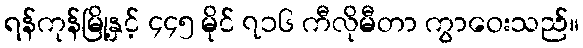
ရန်ကုန်မြို့နှင့် ၄၄၅ မိုင် ၇၁၆ ကီလိုမီတာ ကွာဝေးသည်။